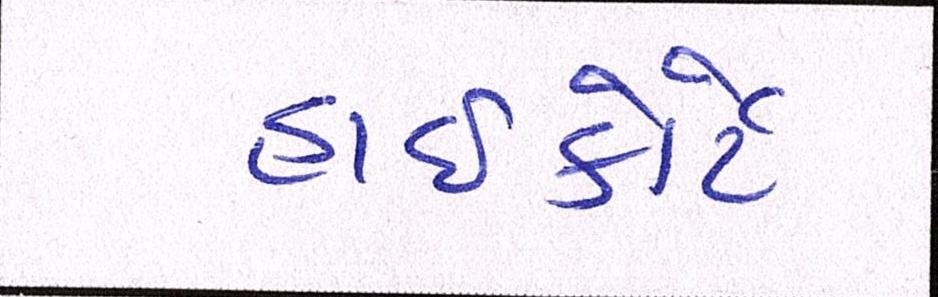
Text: હાઈકોર્ટે